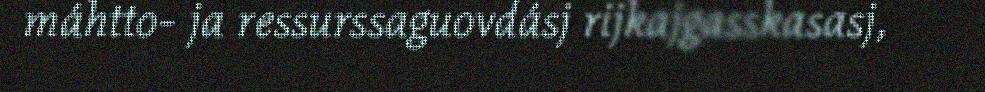
máhtto- ja ressurssaguovdásj rijkajgasskasasj,